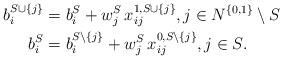
LaTeX: \begin{align*}b_i^{S \cup \{j\}} & = b_i^S + w^S_j \, x_{ij}^{1, S \cup \{j\}},j \in N^{\{0, 1\}} \setminus S \\b_i^S & = b_i^{S \setminus \{j\}} + w^S_j \, x_{ij}^{0, S \setminus \{j\}},j \in S.\end{align*}